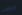
ازدادت